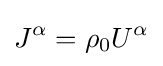
J^{\alpha }=\rho _{0}U^{\alpha }